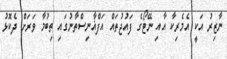
ނާޒިރު އަކީ އެމެރިކާ އާއި ނޭޓޯގެ ފައުޖުތައް އަފްޣާނިސްތާނުގައި ތިބުމާ ވަރަށް ދެކޮޅު